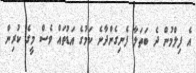
އެ ފިލްމުން ދެ ބަތަލާ ފެނިގެންދާނެ ކަމުގެ އަޑުތައް ވެސް މީގެ ކުރިން